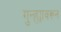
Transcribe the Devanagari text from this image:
गुन्ह्यावरून